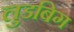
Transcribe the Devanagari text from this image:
लुडबिग